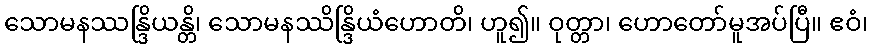
သောမနဿန္ဒြိယန္တိ၊ သောမနဿိန္ဒြိယံဟောတိ၊ ဟူ၍။ ဝုတ္တာ၊ ဟောတော်မူအပ်ပြီ။ ဧဝံ၊